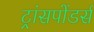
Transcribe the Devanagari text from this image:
ट्रांसपोंडर्स